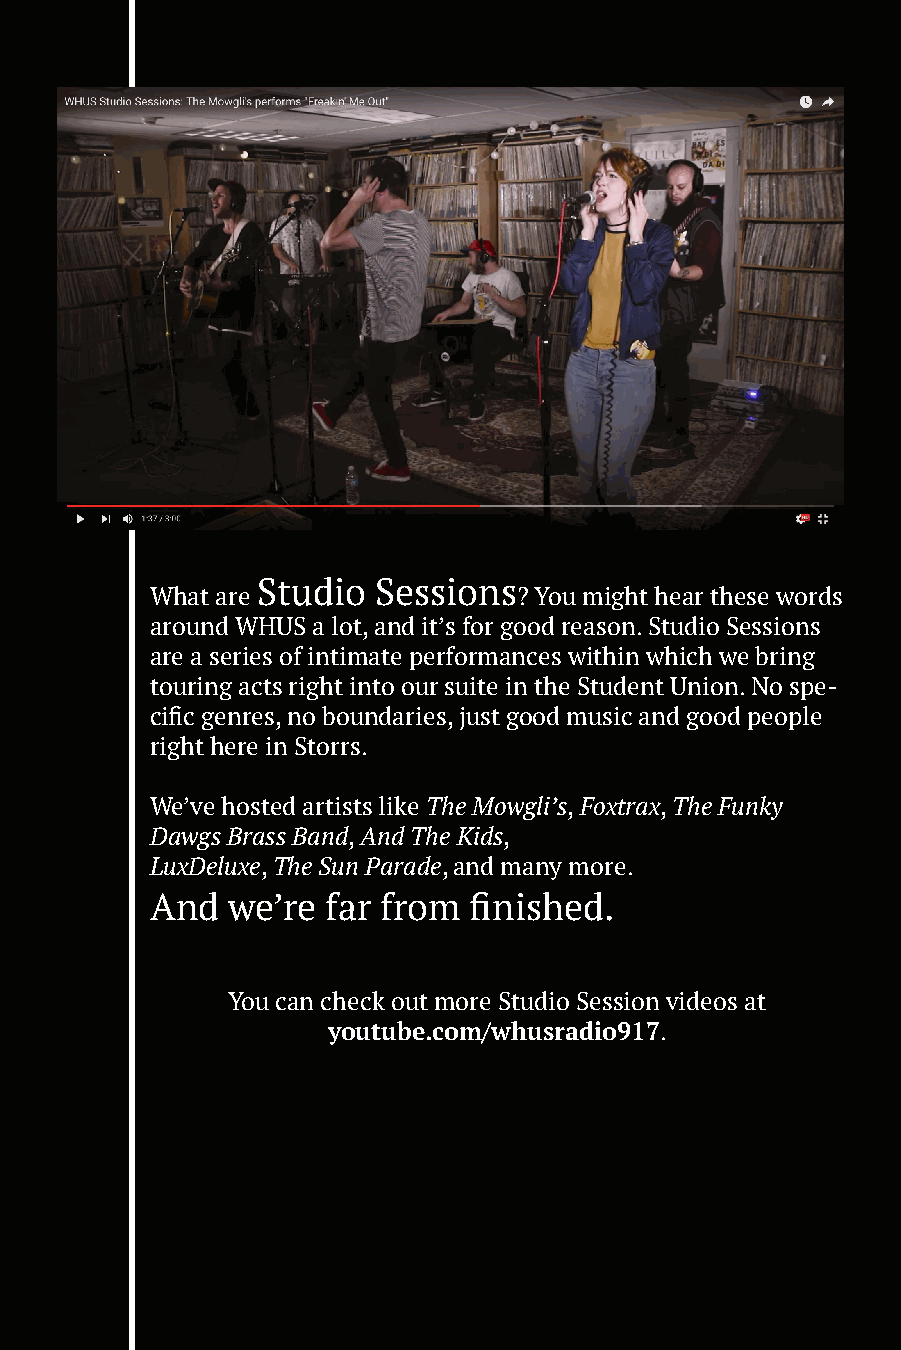
Studio  Sessions
 What are                ? You might hear these words
 around WHUS a lot, and it’s for good reason. Studio Sessions
 are a series of intimate performances within which we bring
 touring acts right into our suite in the Student Union. No spe-
 cific genres, no boundaries, just good music and good people
 right here in Storrs.
 We’ve hosted artists like The Mowgli’s, Foxtrax, The Funky
 Dawgs Brass Band, And The Kids,
 LuxDeluxe, The Sun Parade, and many more.
 And  we’re far from  finished.
 You can check out more Studio Session videos at
 youtube.com/whusradio917.